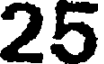
25